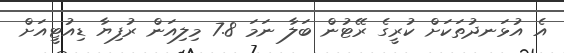
އެ އުޅަނދުތަކަށް ކުރީގެ ރޭޓުން ބަލާ ނަމަ 7.8 މިލިއަން ރުފިޔާ ޑިއުޓީއަށް